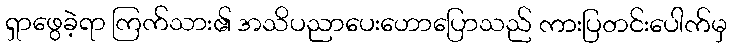
ရှာဖွေခဲ့ရာ ကြက်သား၏ အသိပညာပေးဟောပြောသည် ကားပြတင်းပေါက်မှ